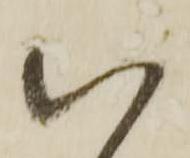
以